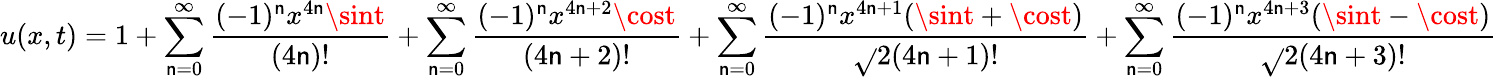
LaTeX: u(x,t)=1+\sum_{\mathsf{n}=0}^{\infty}\frac{{(-1)^{\mathsf{n}}x^{4\mathsf{n}}\sint}}{{(4\mathsf{n})!}}+\sum_{\mathsf{n}=0}^{\infty}\frac{{(-1)^{\mathsf{n}}x^{4\mathsf{n}+2}\cost}}{{(4\mathsf{n}+2)!}}+\sum_{\mathsf{n}=0}^{\infty}\frac{{(-1)^{\mathsf{n}}x^{4\mathsf{n}+1}(\sint+\cost)}}{{\sqrt{}{2}(4\mathsf{n}+1)!}}+\sum_{\mathsf{n}=0}^{\infty}\frac{{(-1)^{\mathsf{n}}x^{4\mathsf{n}+3}(\sint-\cost)}}{{\sqrt{}{2}(4\mathsf{n}+3)!}}